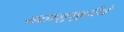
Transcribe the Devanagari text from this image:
सहानुभूतीचे